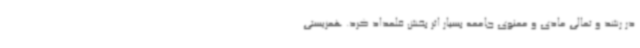
در رشد و تعالی مادی و معنوی جامعه بسیار اثر بخش قلمداد کرد. همزیستی